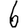
Digit: 6